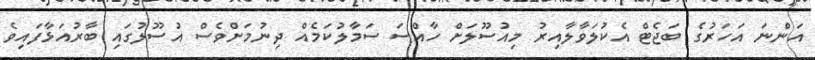
އަންނަ އަހަރުގެ ބަޖެޓް އެކުލަވާލާއިރު މިއުސޫލަށް ހާއްސަ ސަމާލުކަމެއް ދިނުމަށްވެސް އުސޫލުގައި ބާރުއަޅާފައިވެ